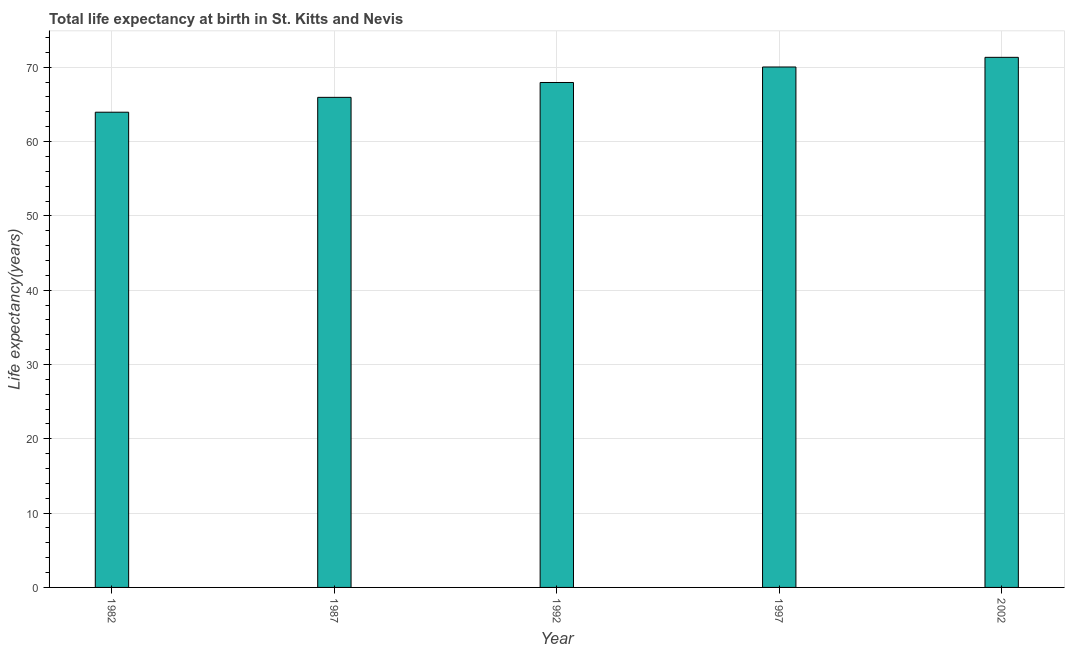
| Year | Life expectancy at birth |
 | --- | --- |
 | 1982 | 64 |
 | 1987 | 66 |
 | 1992 | 68 |
 | 1997 | 70 |
 | 2002 | 71.3 |